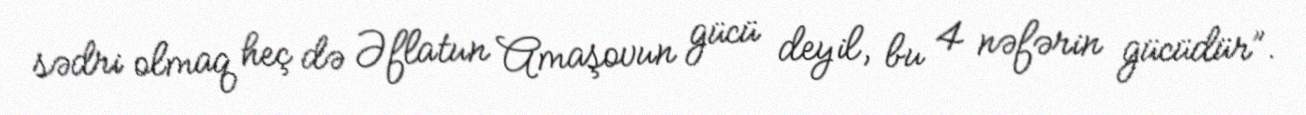
sədri olmaq heç də Əflatun Amaşovun gücü deyil, bu 4 nəfərin gücüdür”.